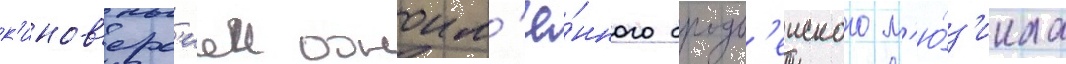
к'инов'ерс'иеи одноим'ё́нного бродв'еиского м'ю́з'икла